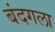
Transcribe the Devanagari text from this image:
बंदगला